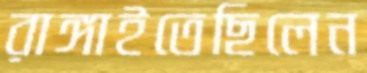
রাঙ্গাইতেছিলেন